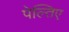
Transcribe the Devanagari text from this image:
पेल्तिए